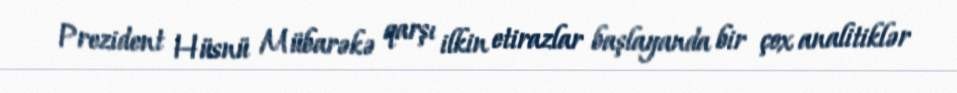
Prezident Hüsnü Mübarəkə qarşı ilkin etirazlar başlayanda bir çox analitiklər